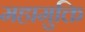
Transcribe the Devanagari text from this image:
महामुक्ति